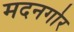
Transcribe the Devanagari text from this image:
मदनगोर